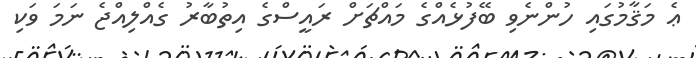
ޢެ މަޤާމުގައި ހުންނެވި ބޭފުޅެއްގެ މައްޗަށް ރައީސްގެ އިތުބާރު ގެއްލިއްޖެ ނަމަ ވަކި